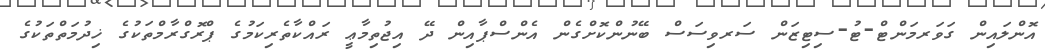
އޮންލައިން ގަވަރމަންޓް-ޓު-ސިޓިޒަން ސަރވިސަސް ބޭނުންކޮށްގެން އެންސްޕާއިން ދޭ އިޖުތިމާޢީ ރައްކާތެރިކަމުގެ ޕްރޮގްރާމްތަކުގެ ޚިދުމަތްތަކުގެ